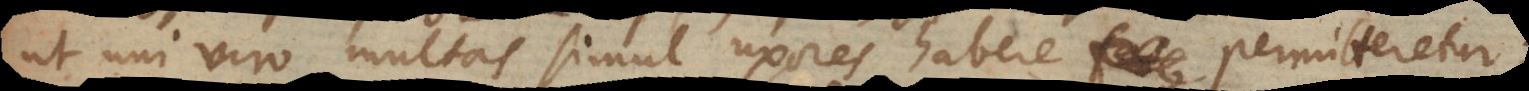
ut uni viro multas simul uxores habere permitteretur;